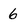
Character: 6